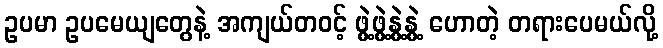
ဥပမာ ဥပမေယျတွေနဲ့ အကျယ်တဝင့် ဖွဲ့ဖွဲ့နွဲ့နွဲ့ ဟောတဲ့ တရားပေမယ်လို့